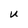
Character: U